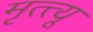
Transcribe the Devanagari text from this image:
मृत्त्यू